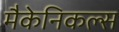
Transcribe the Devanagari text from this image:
मैकेनिकल्स